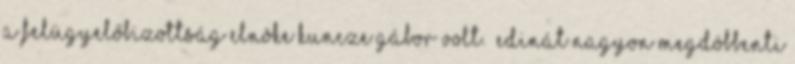
A felügyelőbizottság elnöke Kuncze Gábor volt. „Edinát nagyon megdöbbenti